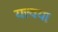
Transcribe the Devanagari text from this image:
यत्त्वया